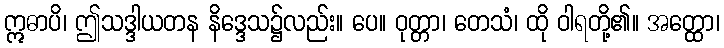
ဣဓာပိ၊ ဤသဒ္ဒါယတန နိဒ္ဒေသ၌လည်း။ ပေ။ ဝုတ္တာ၊ တေသံ၊ ထို ဝါရတို့၏။ အတ္ထော၊